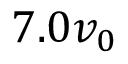
7 . 0 v _ { 0 }